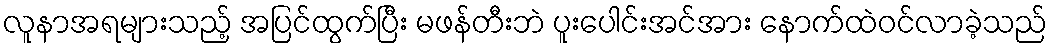
လူနာအရများသည့် အပြင်ထွက်ပြီး မဖန်တီးဘဲ ပူးပေါင်းအင်အား နောက်ထဲဝင်လာခဲ့သည်